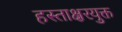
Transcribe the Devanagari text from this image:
हस्ताक्षरयुक्त